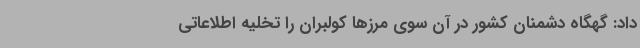
داد: گهگاه دشمنان کشور در آن سوی مرزها کولبران را تخلیه اطلاعاتی